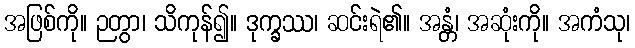
အဖြစ်ကို။ ဉတွာ၊ သိကုန်၍။ ဒုက္ခဿ၊ ဆင်းရဲ၏။ အန္တံ၊ အဆုံးကို။ အကံသု၊